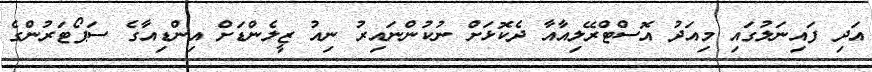
އަދި ފައިނަލުގައި މިއަދު އޮސްޓްރޭލިއާއާ ދެކޮޅަށް ނުކުންނައިރު ނިއު ޒީލެންޑަށް އިންޑިއާގެ ސަޕޯޓަރުންގެ